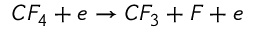
C F _ { 4 } + e \rightarrow C F _ { 3 } + F + e